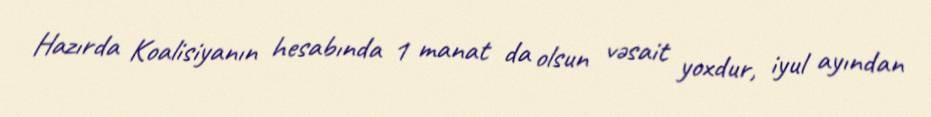
Hazırda Koalisiyanın hesabında 1 manat da olsun vəsait yoxdur, iyul ayından